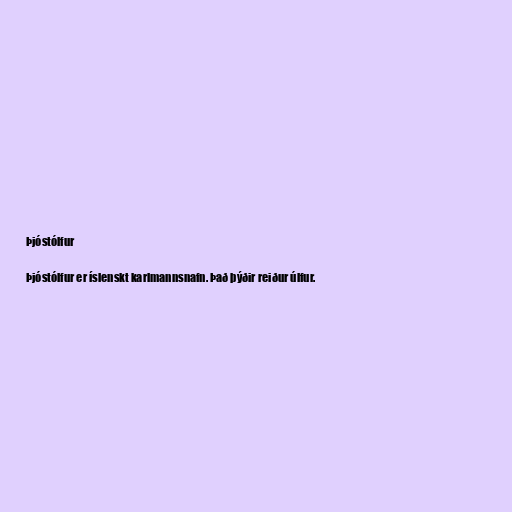
Þjóstólfur

Þjóstólfur er íslenskt karlmannsnafn. Það þýðir reiður úlfur.